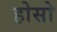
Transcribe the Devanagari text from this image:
होसो